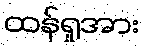
ထန်ရှုအား